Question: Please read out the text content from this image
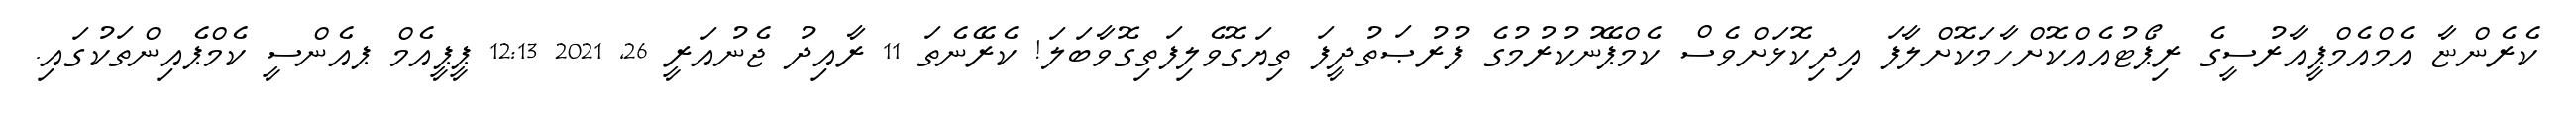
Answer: ކެރެންޏާ އެމްއެމްޕީއާރުސީގެ ރިޕޯޓުއެއްކޮށްހާމަކޮށްލާފަ އިދިކޮޅަށްވެސް ކެމްޕޭނުކުރުމުގެ ފުރުޞަތުދީފަ ތިޔަގޮވެލިފަތިގޮވާބަލަ! ކެރޭނެތަ 11 ރާއިދު ޖެނުއަރީ 26, 2021 12:13 ޕީޕީއެމް ޕއެންސީ ކެމްޕެއިންތަކުގައި.